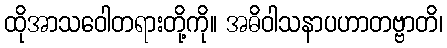
ထိုအာသဝေါတရားတို့ကို။ အဓိဝါသနာပဟာတဗ္ဗာတိ၊